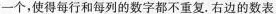
一个，使得每行和每列的数字都不重复。右边的数表